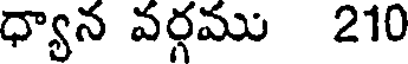
ధ్యాన వర్గము 210